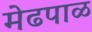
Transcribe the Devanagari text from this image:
मेढपाळ